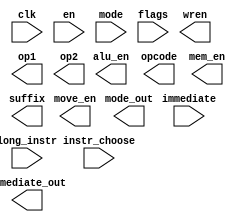
module move_ctrl #(
 parameter
 WIDTH=32,
 OPCODE=4,
 REGS_CODING=3,
 FLAGS=4,
 CARRY=0,
 SIGN=1,
 OVERFLOW=2,
 ZERO=3
)(
input 				  		 clk,
input 				  		 en,

input[WIDTH/2-1: 0]     immediate,
input[1:0]              mode,


input [WIDTH-1: 0] 		 long_instr,
input                    instr_choose,
input [FLAGS-1: 0]       flags,
//alu
output                   alu_en,
output[OPCODE-1 :0]      opcode,
//mem
output                   mem_en,
output                   wren,
//move
output                   move_en,
output[WIDTH/2-1: 0]     immediate_out,
output[1:0]              mode_out,

// alu + mem + move
output[REGS_CODING-1: 0] op1,
output[REGS_CODING-1: 0] op2,
output                   suffix

);

endmodule